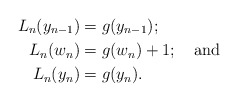
\begin{align*} L_n(y_{n-1}) &= g(y_{n-1});\\ L_n(w_n) &= g(w_n) + 1;\ \ \ {\rm and}\\ L_n(y_n) &= g(y_n).\end{align*}